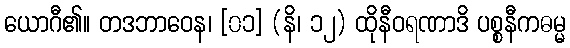
ယောဂီ၏။ တဒဘာဝေန၊ [၀၁] (နိ၊ ၁၂) ထိုနီဝရဏာဒိ ပစ္စနီကဓမ္မ